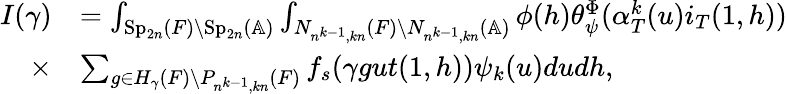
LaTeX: \begin{array}{rl}{I(\gamma)}&{=\int_{\mathrm{Sp}_{2n}(F)\backslash\mathrm{Sp}_{2n}(\mathbb{A})}\int_{N_{n^{k-1},kn}(F)\backslash N_{n^{k-1},kn}(\mathbb{A})}\phi(h)\theta_{\psi}^{\Phi}(\alpha_{T}^{k}(u)i_{T}(1,h))}\\ {\times}&{\sum_{g\in H_{\gamma}(F)\backslash P_{n^{k-1},kn}(F)}f_{s}(\gamma gut(1,h))\psi_{k}(u)dudh,}\end{array}